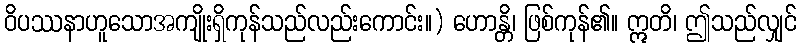
ဝိပဿနာဟူသောအကျိုးရှိကုန်သည်လည်းကောင်း။) ဟောန္တိ၊ ဖြစ်ကုန်၏။ ဣတိ၊ ဤသည်လျှင်